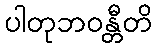
ပါတုဘဝန္တီတိ